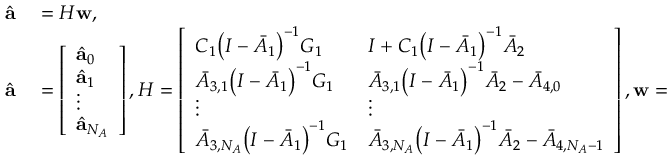
\begin{array} { r l } { \hat { \mathbf { a } } } & { { } = H \mathbf { w } , } \\ { \hat { \mathbf { a } } } & { { } = \left[ \begin{array} { l } { \hat { \mathbf { a } } _ { 0 } } \\ { \hat { \mathbf { a } } _ { 1 } } \\ { \vdots } \\ { \hat { \mathbf { a } } _ { N _ { A } } } \end{array} \right] , H = \left[ \begin{array} { l l } { C _ { 1 } \big ( I - \bar { A } _ { 1 } \big ) ^ { - 1 } G _ { 1 } } & { I + C _ { 1 } \big ( I - \bar { A } _ { 1 } \big ) ^ { - 1 } \bar { A } _ { 2 } } \\ { \bar { A } _ { 3 , 1 } \big ( I - \bar { A } _ { 1 } \big ) ^ { - 1 } G _ { 1 } } & { \bar { A } _ { 3 , 1 } \big ( I - \bar { A } _ { 1 } \big ) ^ { - 1 } \bar { A } _ { 2 } - \bar { A } _ { 4 , 0 } } \\ { \vdots } & { \vdots } \\ { \bar { A } _ { 3 , N _ { A } } \big ( I - \bar { A } _ { 1 } \big ) ^ { - 1 } G _ { 1 } } & { \bar { A } _ { 3 , N _ { A } } \big ( I - \bar { A } _ { 1 } \big ) ^ { - 1 } \bar { A } _ { 2 } - \bar { A } _ { 4 , N _ { A } - 1 } } \end{array} \right] , \mathbf { w } = \left[ \begin{array} { l } { \mathrm { ~ v ~ e ~ c ~ } ( Q ) } \\ { \mathrm { ~ v ~ e ~ c ~ } ( R ) } \end{array} \right] . } \end{array}